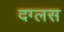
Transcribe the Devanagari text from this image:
दग्लस